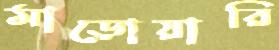
মাড়োয়ারি